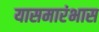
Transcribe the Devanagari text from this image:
यासमारंभास